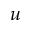
u